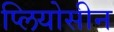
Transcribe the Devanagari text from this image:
प्लियोसीन